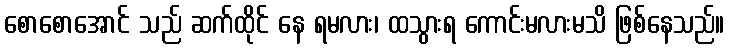
စောစောအောင် သည် ဆက်ထိုင် နေ ရမလား၊ ထသွားရ ကောင်းမလားမသိ ဖြစ်နေသည်။